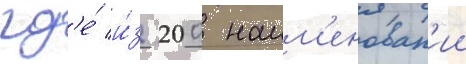
гд'е́ и́з 200 наим'енован'ии